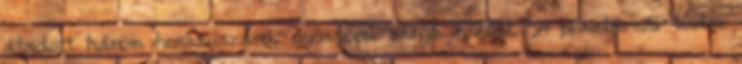
átadott három hosszúszárú, gyönyörű sárga rózsát. „A pénztárnál tudni